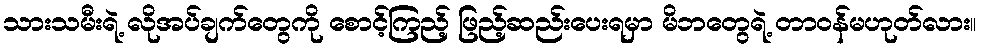
သားသမီးရဲ့ လိုအပ်ချက်တွေကို စောင့်ကြည့် ဖြည့်ဆည်းပေးရမှာ မိဘတွေရဲ့ တာဝန်မဟုတ်လား။